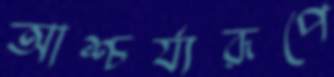
আশ্চর্য্যরূপে